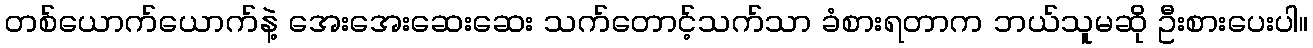
တစ်ယောက်ယောက်နဲ့ အေးအေးဆေးဆေး သက်တောင့်သက်သာ ခံစားရတာက ဘယ်သူမဆို ဦးစားပေးပါ။